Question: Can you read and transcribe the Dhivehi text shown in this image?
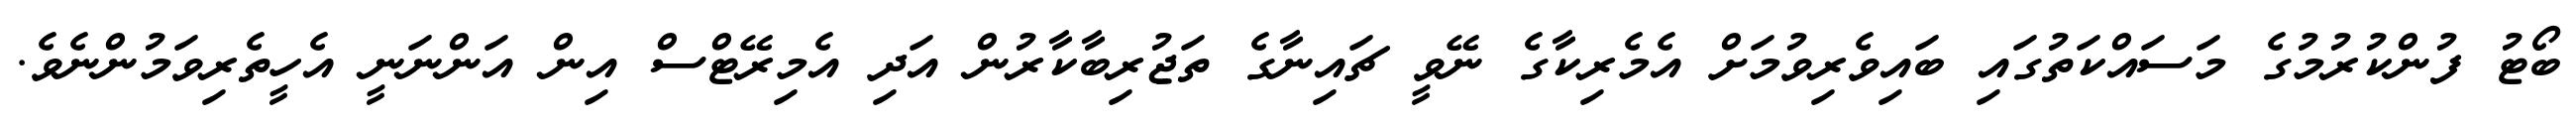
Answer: ބޯޓު ފުންކުރުމުގެ މަސައްކަތުގައި ބައިވެރިވުމަށް އެމެރިކާގެ ނޭވީ ޗައިނާގެ ތަޖުރިބާކާރުން އަދި އެމިރޭޓްސް އިން އަންނަނީ އެހީތެރިވަމުންނެވެ.